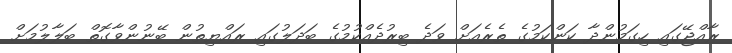
ރާއްޖޭގައި ހިގަމުންދާ ކަންކަމުގެ ތެރެއަށް ވަދެ ބިރުދެއްކުމުގެ ބަދަލުގައި ރައްޔިތުން ބޭނުންވާގޮތް ބަލާލުމަށް